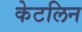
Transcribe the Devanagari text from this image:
केटलिन